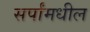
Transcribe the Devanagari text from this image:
सर्पांमधील